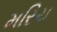
મરિચ